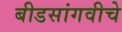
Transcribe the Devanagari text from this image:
बीडसांगवीचे